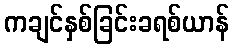
ကချင်နှစ်ခြင်းခရစ်ယာန်